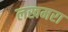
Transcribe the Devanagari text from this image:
लखमरा